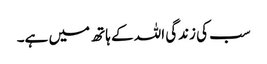
سب کی زندگی اللہ کے ہاتھ میں ہے۔